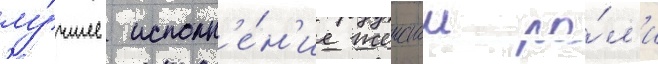
лу́чшее исполн'е́н'ие женскои ро́л'и